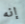
إنه